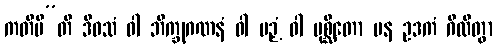
ကတိမီ”တိ ဒိဝသံ ဝါ ဘိက္ခုဂဏနံ ဝါ ပဉှံ ဝါ ပုစ္ဆိတော ပန ဥဒကံ ဂိလိတွာ